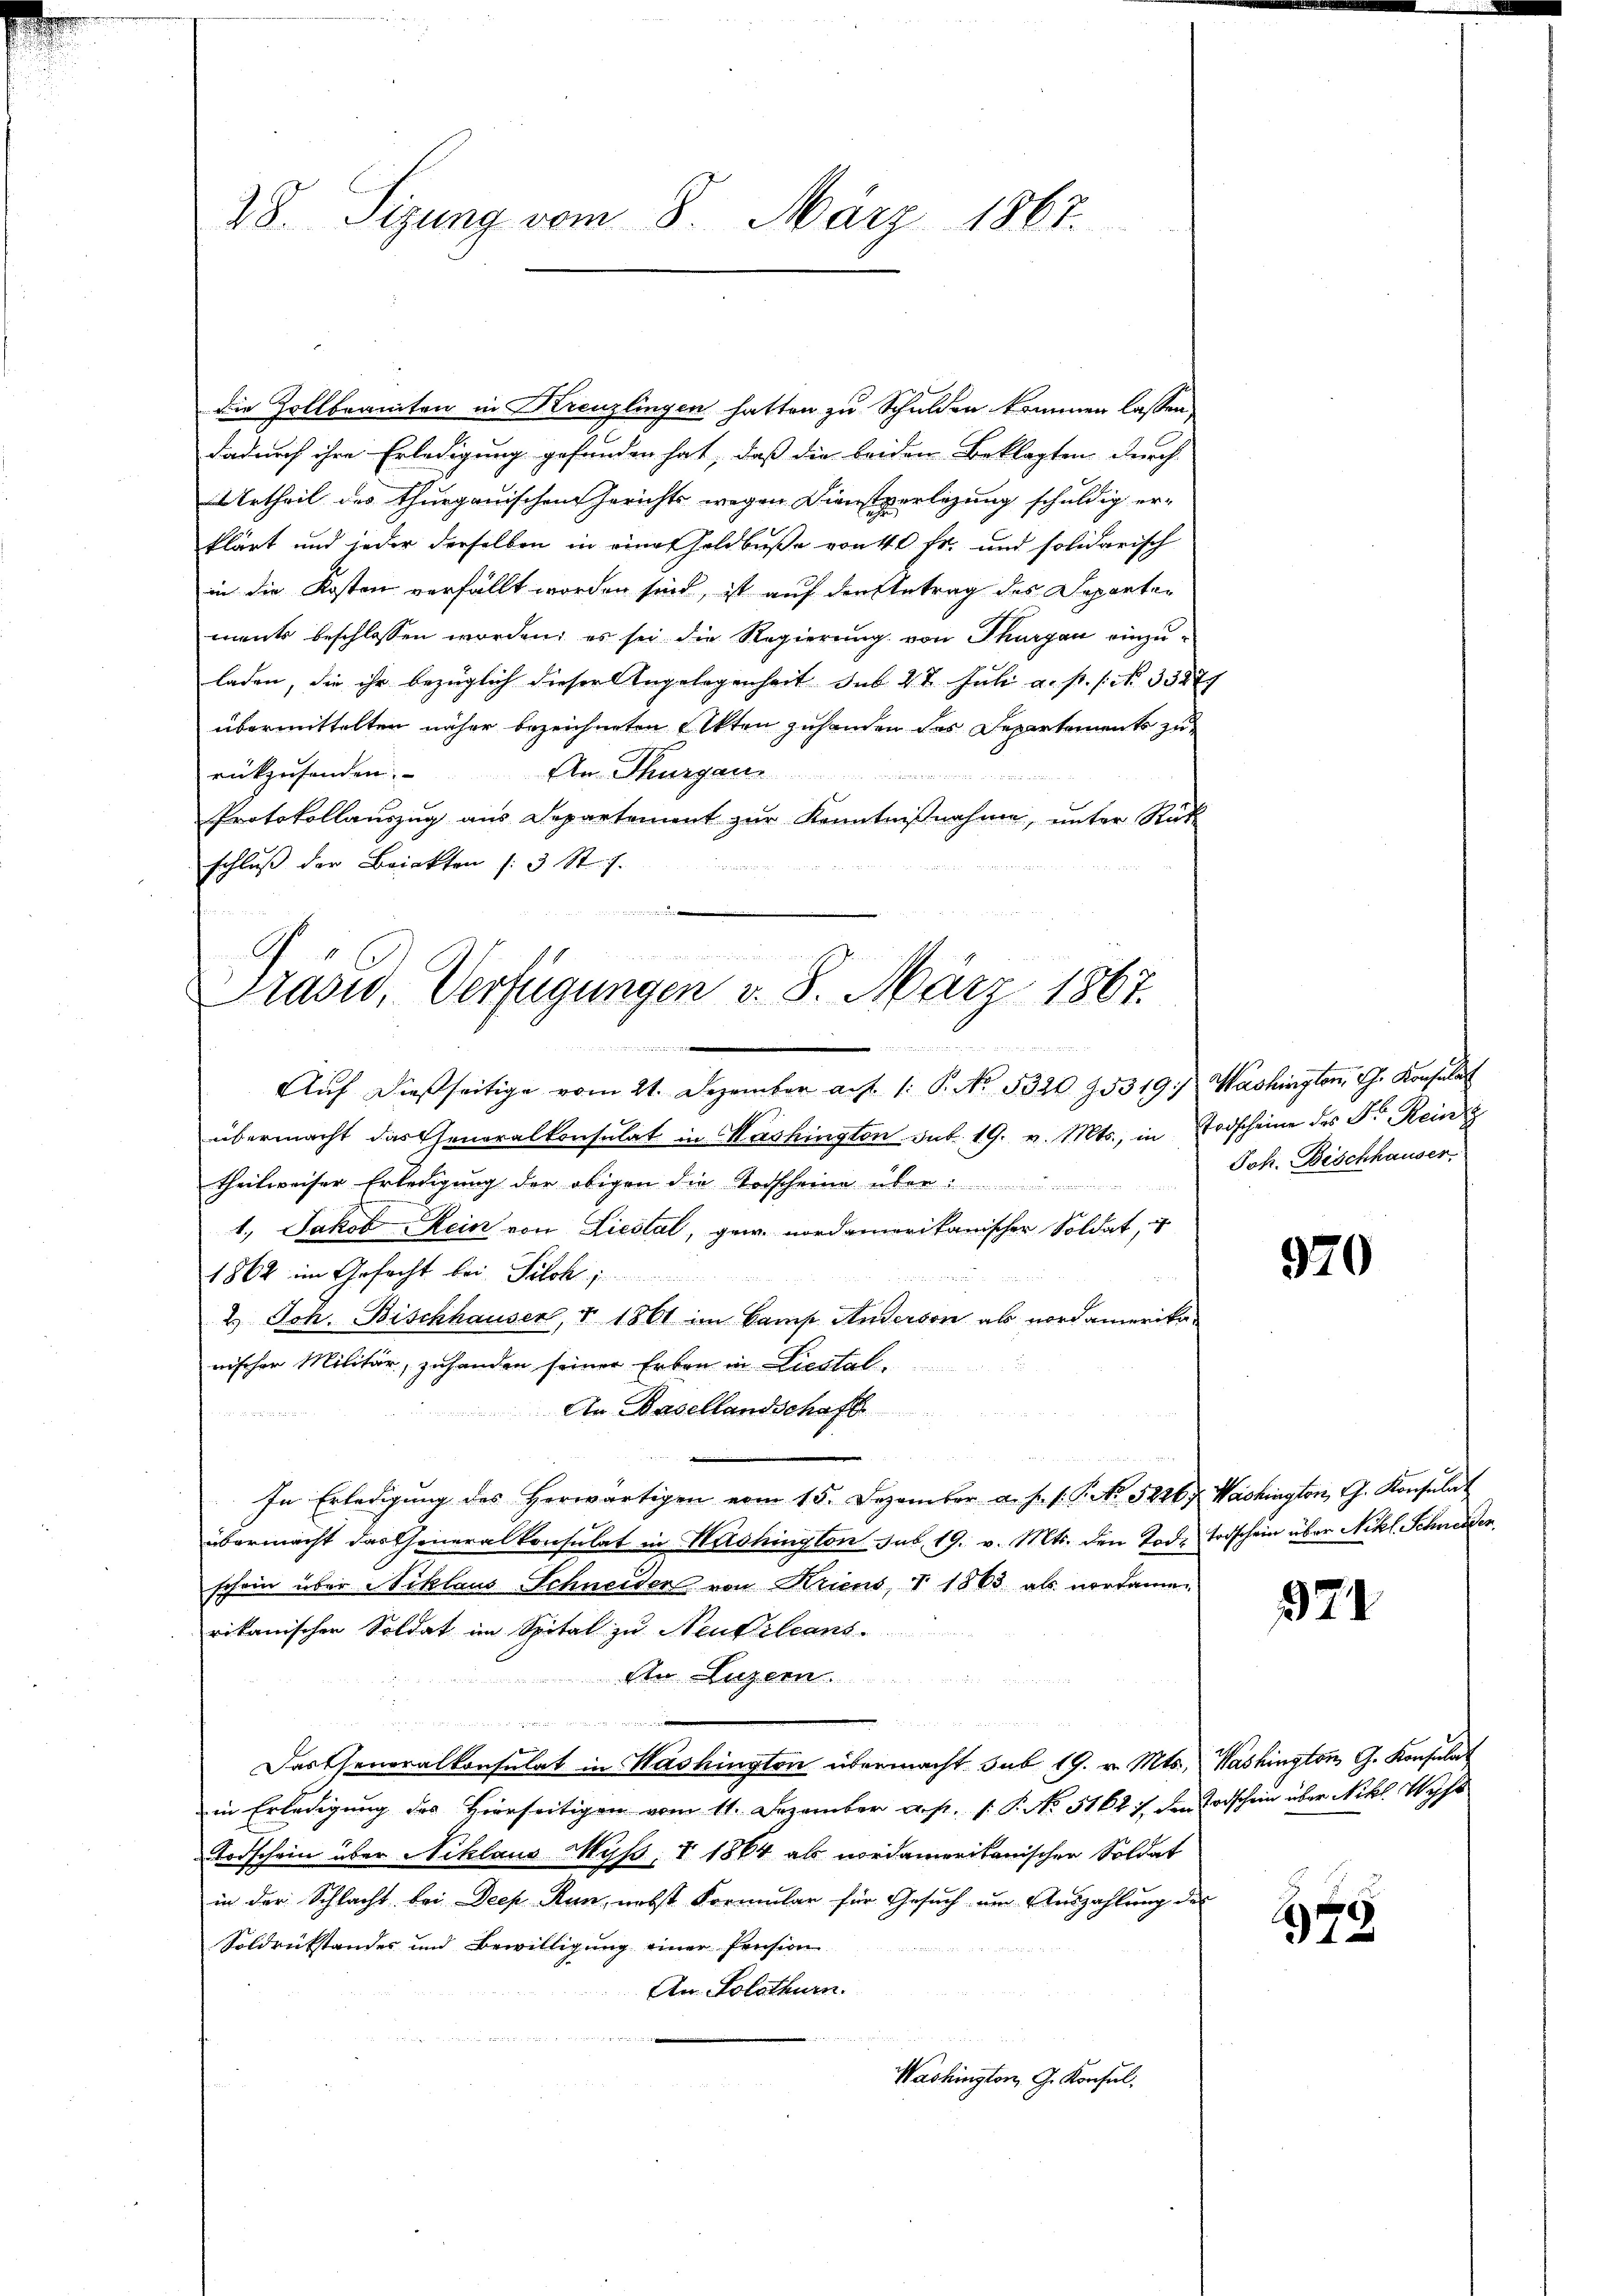
28. Sizung vom 8. März 1867.

die Zollbranten in Kreuzlingen hatten zu Schulden kommen lassen,
dadurch ihre Erledigung gefunden hat, dass die leiden Beklagten durch |
Urtheil des thurgauischen Gerichts wegen Dienstperlegung schuldig er-
klärt und jeder derselben in eines Goldbuße von 40 fr. und solidarisch
in die Kosten verfällt worden sind, ist auf der Antrag des Departement beschlossen worden; es sei die Regierung von Thurgau einzuladen, die ihr bezüglich dieser Angelegenheit des 48 Juli a. p. 1. No. 33279
übermittelten näher bezeichneten Akten zuhanden des Departements zu
An Thurgau
rückzusenden.
Protokollauszug aus Departement zur Kenntnißnahme, unter Rück-
schluß der Briekten /: 3 St. J.

Grasw, Verfügungen v. 8. März 1867.
n

Aŭf dießseitige vom 21. Dezember auf 1. P. No. 5320. 75319. Washington, Ch. Konsulat
übermacht das Generalkonsulat in Washington sub. 19. v. Mts., in Todscheine des Fr. Rein
theilweiser Erledigung der obigen die Todscheine über
1., Jakob Rein von Liestal, gew. nordamerikanischer Soldat,
1862 im Gefecht bei Pilch,
2.) Joh. Bischhauser, § 1861 in Camp Anderson als vordamerikanischer Militär, zuhanden seiner Erben in Liestal¬
An Basellandschaft
In Erledigŭng des herwärtigen vom 15. Dezember a. h. s. S. No. 5246 f. Washington Ch. Konsulat
übermacht das Generalkonsulat in Washington das 19. v. Mts. den Tode Todschein über Nikl. Schneiden.
schein über Niklaus Schneiden von Kriens, 1863 als nordamm
rikanischer Soldat im Spital zu Neukleans
An Luzern.
n
Das Generalkonsulat in Washington übermacht sub 19. v. Mts., Washington G. Konsulat
in Erledigung des Hierseitigen vom 11. Dezember a. p. 1. P. No 51621. den Todschein über Nikl. Wyss
Todschein über Niklaus Myß, V 1864 als nordamerikanischen Soldat
in der Schlacht bei Deep-Run, nebst Formular für Gesuch um Auszahlung des
Soldrükstandes und Bewilligung einer Pension
An Solothurn.
Washington, G. Konsul

Joh. Bischhauser.

370

971

179